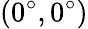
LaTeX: (0^{\circ},0^{\circ})